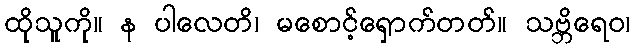
ထိုသူကို။ န ပါလေတိ၊ မစောင့်ရှောက်တတ်။ သဗ္ဘိရေဝ၊